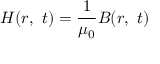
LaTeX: { \boldsymbol { H } } ( { \boldsymbol { r } } , \ t ) = { \frac { 1 } { \mu _ { 0 } } } { \boldsymbol { B } } ( { \boldsymbol { r } } , \ t )